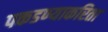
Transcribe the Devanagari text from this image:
पकडण्याकरिता